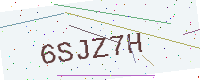
Text: 6SJZ7H